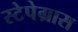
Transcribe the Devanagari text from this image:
स्टेपेग्रास